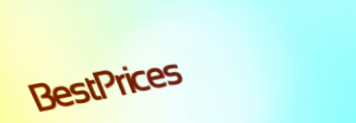
BestPrices